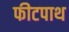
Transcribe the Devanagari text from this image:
फीटपाथ